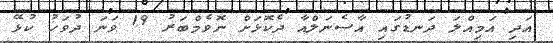
އަދި އަމިއްލަ ދަނޑުގައި އާސެނަލްއާ ދެކޮޅަށް ނޮވެމްބަރު 19 ވަނަ ދުވަހު ކުޅޭ